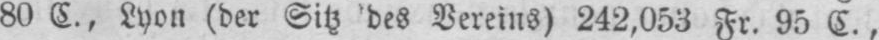
80 C., Lyon (der Sitz des Vereins) 242,053 Fr. 95 C.,